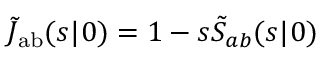
\tilde { J } _ { \mathrm { { a b } } } ( s | \r _ { 0 } ) = 1 - s \tilde { S } _ { a b } ( s | \r _ { 0 } )